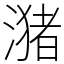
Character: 潴